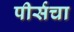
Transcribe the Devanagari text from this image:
पीर्सचा